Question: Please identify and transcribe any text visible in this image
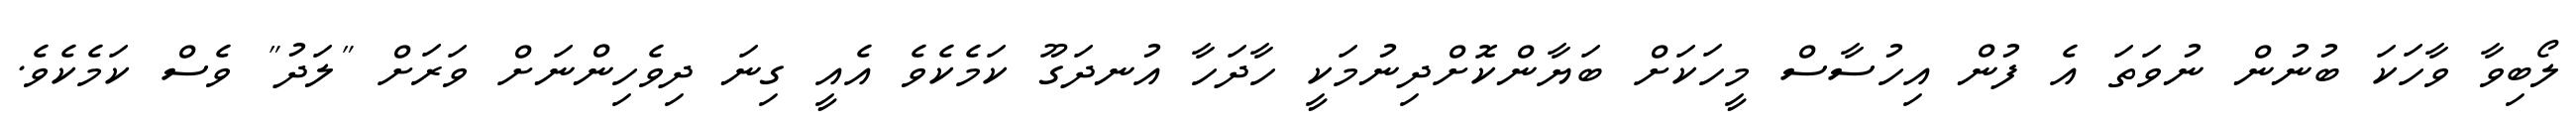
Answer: ލޯބިވާ ވާހަކަ ބުނުން ނުވަތަ އެ ފުން އިހުސާސް މީހަކަށް ބަޔާންކޮށްދިނުމަކީ ހާދަހާ އުނދަގޫ ކަމެކެވެ އެއީ ގިނަ ދިވެހިންނަށް ވަރަށް "ލަދު" ވެސް ކަމެކެވެ.